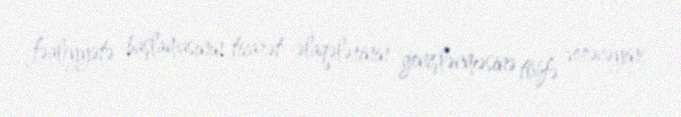
fəaliyyətə başlamasının ticarət əlaqələrinin genişlənməsinə töhfə verəcəyini